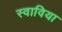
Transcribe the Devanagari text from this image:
स्वाविया